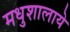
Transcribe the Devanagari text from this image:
मधुशालाये